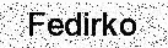
Fedirko